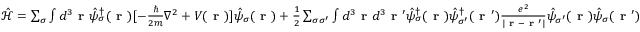
\begin{array} { r } { \hat { \mathcal { H } } = \sum _ { \sigma } \int d ^ { 3 } \textbf { r } \hat { \psi } _ { \sigma } ^ { \dagger } ( \textbf { r } ) [ - \frac { \hbar } { 2 m } \nabla ^ { 2 } + V ( \textbf { r } ) ] \hat { \psi } _ { \sigma } ( \textbf { r } ) + \frac { 1 } { 2 } \sum _ { \sigma { \sigma } ^ { \prime } } \int d ^ { 3 } \textbf { r } d ^ { 3 } { \textbf { r } } ^ { \prime } \hat { \psi } _ { \sigma } ^ { \dagger } ( \textbf { r } ) \hat { \psi } _ { { \sigma } ^ { \prime } } ^ { \dagger } ( { \textbf { r } } ^ { \prime } ) \frac { e ^ { 2 } } { | \textbf { r } - { \textbf { r } } ^ { \prime } | } \hat { \psi } _ { { \sigma } ^ { \prime } } ( \textbf { r } ) \hat { \psi } _ { { \sigma } } ( { \textbf { r } } ^ { \prime } ) } \end{array}